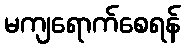
မကျရောက်စေရန်